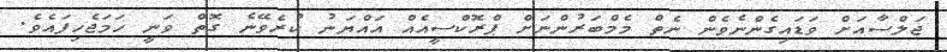
ޖަލްސާއަށް ވަޑައިގެންނެވެން ނެތް މެމްބަރުންނަށް ޕްރޮކްސީއެއް އައްޔަނު ކުރެވޭނެ ގޮތް ވަނީ ހަމަޖެހިފައެވެ.